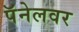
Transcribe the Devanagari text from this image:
पॅनेलवर